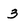
Character: 3